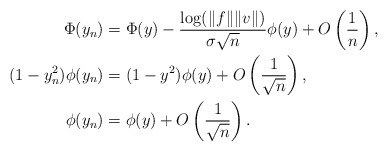
\begin{align*}\Phi(y_n) & = \Phi(y) - \frac{\log (\|f\| \|v\|)}{\sigma \sqrt{n}} \phi(y) + O \left( \frac{1}{n} \right), \quad\\(1-y_n^2) \phi(y_n) & = (1-y^2) \phi(y) + O \left( \frac{1}{\sqrt{n}} \right), \quad\\ \phi(y_n) & = \phi(y) + O \left( \frac{1}{\sqrt{n}} \right). \end{align*}